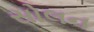
સોલન